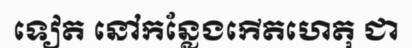
ទៀត នៅកន្លែងកើតហេតុ ជា